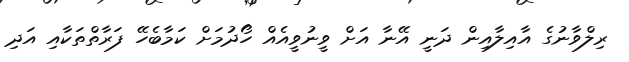
ރިލްވާނުގެ އާއިލާއިން ދަނީ އޭނާ އަށް ވީނުވީއެއް ހޯދުމަށް ކަމާބެހޭ ފަރާތްތަކާއި އަދި